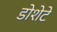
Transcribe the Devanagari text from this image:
डोशेटे